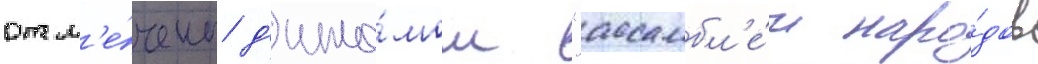
отм'е́чены д'ипло́мом "ассамбл'е́и наро́дов